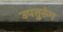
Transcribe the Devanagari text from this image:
उपतुरुंग